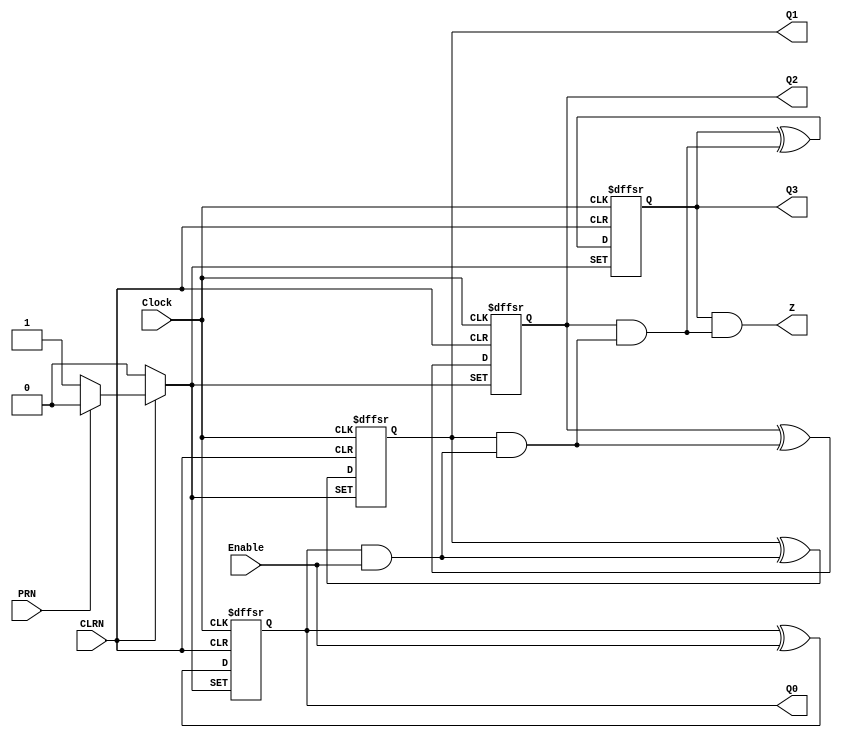
// Copyright (C) 2020  Intel Corporation. All rights reserved.
// Your use of Intel Corporation's design tools, logic functions 
// and other software and tools, and any partner logic 
// functions, and any output files from any of the foregoing 
// (including device programming or simulation files), and any 
// associated documentation or information are expressly subject 
// to the terms and conditions of the Intel Program License 
// Subscription Agreement, the Intel Quartus Prime License Agreement,
// the Intel FPGA IP License Agreement, or other applicable license
// agreement, including, without limitation, that your use is for
// the sole purpose of programming logic devices manufactured by
// Intel and sold by Intel or its authorized distributors.  Please
// refer to the applicable agreement for further details, at
// https://fpgasoftware.intel.com/eula.

// PROGRAM		"Quartus Prime"
// VERSION		"Version 20.1.0 Build 711 06/05/2020 SJ Standard Edition"
// CREATED		"Wed Nov 11 20:57:08 2020"

module lab10step2a(
	Clock,
	Enable,
	PRN,
	CLRN,
	Q0,
	Q1,
	Q2,
	Q3,
	Z
);


input wire	Clock;
input wire	Enable;
input wire	PRN;
input wire	CLRN;
output wire	Q0;
output wire	Q1;
output wire	Q2;
output wire	Q3;
output wire	Z;

reg	SYNTHESIZED_WIRE_10;
reg	SYNTHESIZED_WIRE_11;
wire	SYNTHESIZED_WIRE_12;
wire	SYNTHESIZED_WIRE_1;
wire	SYNTHESIZED_WIRE_2;
reg	SYNTHESIZED_WIRE_13;
wire	SYNTHESIZED_WIRE_14;
reg	SYNTHESIZED_WIRE_15;
wire	SYNTHESIZED_WIRE_16;
wire	SYNTHESIZED_WIRE_8;
wire	SYNTHESIZED_WIRE_9;

assign	Q0 = SYNTHESIZED_WIRE_10;
assign	Q1 = SYNTHESIZED_WIRE_11;
assign	Q2 = SYNTHESIZED_WIRE_13;
assign	Q3 = SYNTHESIZED_WIRE_15;



assign	SYNTHESIZED_WIRE_12 = SYNTHESIZED_WIRE_10 & Enable;

assign	SYNTHESIZED_WIRE_14 = SYNTHESIZED_WIRE_11 & SYNTHESIZED_WIRE_12;


always@(posedge Clock or negedge CLRN or negedge PRN)
begin
if (!CLRN)
	begin
	SYNTHESIZED_WIRE_10 <= 0;
	end
else
if (!PRN)
	begin
	SYNTHESIZED_WIRE_10 <= 1;
	end
else
	begin
	SYNTHESIZED_WIRE_10 <= SYNTHESIZED_WIRE_1;
	end
end


always@(posedge Clock or negedge CLRN or negedge PRN)
begin
if (!CLRN)
	begin
	SYNTHESIZED_WIRE_15 <= 0;
	end
else
if (!PRN)
	begin
	SYNTHESIZED_WIRE_15 <= 1;
	end
else
	begin
	SYNTHESIZED_WIRE_15 <= SYNTHESIZED_WIRE_2;
	end
end

assign	SYNTHESIZED_WIRE_16 = SYNTHESIZED_WIRE_13 & SYNTHESIZED_WIRE_14;

assign	Z = SYNTHESIZED_WIRE_15 & SYNTHESIZED_WIRE_16;

assign	SYNTHESIZED_WIRE_1 = SYNTHESIZED_WIRE_10 ^ Enable;

assign	SYNTHESIZED_WIRE_9 = SYNTHESIZED_WIRE_11 ^ SYNTHESIZED_WIRE_12;

assign	SYNTHESIZED_WIRE_8 = SYNTHESIZED_WIRE_13 ^ SYNTHESIZED_WIRE_14;

assign	SYNTHESIZED_WIRE_2 = SYNTHESIZED_WIRE_15 ^ SYNTHESIZED_WIRE_16;


always@(posedge Clock or negedge CLRN or negedge PRN)
begin
if (!CLRN)
	begin
	SYNTHESIZED_WIRE_13 <= 0;
	end
else
if (!PRN)
	begin
	SYNTHESIZED_WIRE_13 <= 1;
	end
else
	begin
	SYNTHESIZED_WIRE_13 <= SYNTHESIZED_WIRE_8;
	end
end


always@(posedge Clock or negedge CLRN or negedge PRN)
begin
if (!CLRN)
	begin
	SYNTHESIZED_WIRE_11 <= 0;
	end
else
if (!PRN)
	begin
	SYNTHESIZED_WIRE_11 <= 1;
	end
else
	begin
	SYNTHESIZED_WIRE_11 <= SYNTHESIZED_WIRE_9;
	end
end


endmodule